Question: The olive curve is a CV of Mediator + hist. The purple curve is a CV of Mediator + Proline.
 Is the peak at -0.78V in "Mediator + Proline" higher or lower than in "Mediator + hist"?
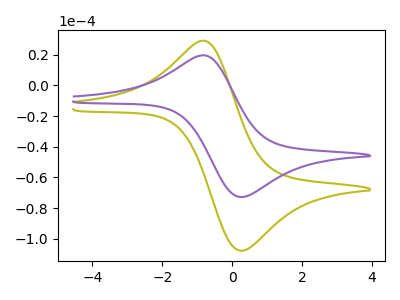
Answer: <think>The olive curve "Mediator + hist" has an anodic peak at (-0.80V, 29.15uA) and a cathodic peak at (0.25V, -107.90uA). The purple curve "Mediator + Proline" has an anodic peak at (-0.80V, 19.65uA) and a cathodic peak at (0.25V, -72.85uA).</think>
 <answer>The peak at -0.78V is lower in "Mediator + Proline" than in "Mediator + hist".</answer>
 <eval>lower</eval>